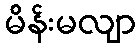
မိန်းမလျာ